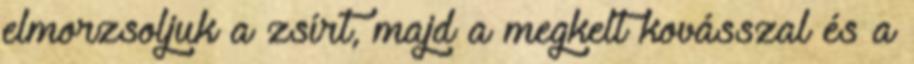
elmorzsoljuk a zsírt, majd a megkelt kovásszal és a